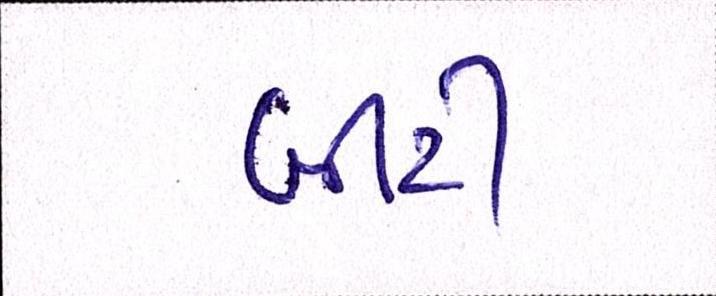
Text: બીટી